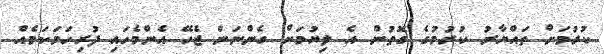
ކުރުމަށް ތައްޔާރު ކުރުމުގެ ގޮތުން އެ ލިޔުމަށް ގެންނަން ޖެހޭ އެންމެހައި ފުރިހަމަކަމެއް